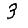
Digit: 3